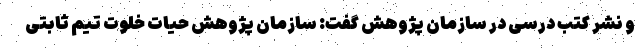
و نشر کتب درسی در سازمان پژوهش گفت: سازمان پژوهش حیات خلوت تیم ثابتی